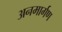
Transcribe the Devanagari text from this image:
अनमार्गण